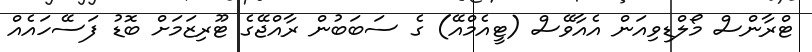
ޓްރާންސް މޯލްޑިވިއަން އެއާވޭސް (ޓީއެމްއޭ) ގެ ސަބަބުން ރާއްޖޭގެ ޓޫރިޒަމަށް ބޮޑު ފަސޭހައެއް